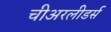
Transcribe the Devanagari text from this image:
चीअरलीडर्स